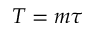
T = m \tau